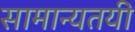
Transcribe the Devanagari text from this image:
सामान्यतयी